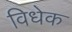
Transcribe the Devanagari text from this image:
विधेक